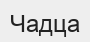
Чадца